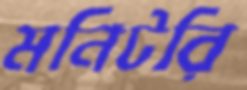
মনিটরি